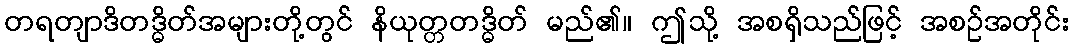
တရတျာဒိတဒ္ဓိတ်အများတို့တွင် နိယုတ္တတဒ္ဓိတ် မည်၏။ ဤသို့ အစရှိသည်ဖြင့် အစဉ်အတိုင်း